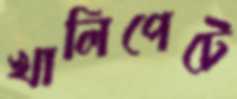
খালিপেটে